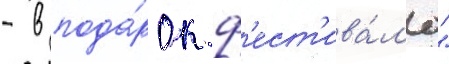
- в пода́рок ф'ест'ива́л'ю"